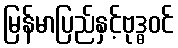
မြန်မာပြည်နှင့်ဗုဒ္ဓဝင်